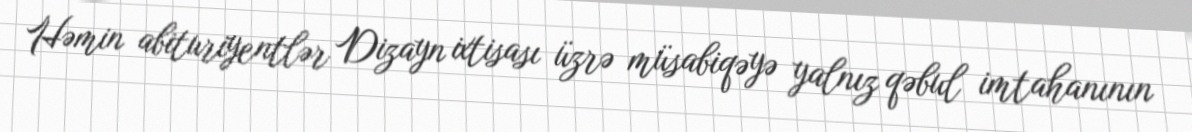
Həmin abituriyentlər Dizayn ixtisası üzrə müsabiqəyə yalnız qəbul imtahanının